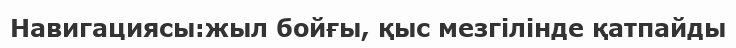
Навигациясы:жыл бойғы, қыс мезгілінде қатпайды